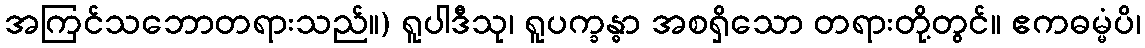
အကြင်သဘောတရားသည်။) ရူပါဒီသု၊ ရူပက္ခန္ဓာ အစရှိသော တရားတို့တွင်။ ဧကဓမ္မံပိ၊